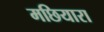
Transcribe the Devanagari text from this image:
मछियारा